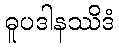
ဓူပဒါနဿိဒံ